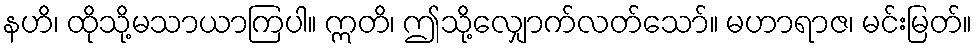
နဟိ၊ ထိုသို့မသာယာကြပါ။ ဣတိ၊ ဤသို့လျှောက်လတ်သော်။ မဟာရာဇ၊ မင်းမြတ်။